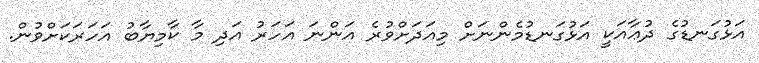
އަޅުގަނޑުގެ ދުޢާއަކީ އަޅުގަނޑުމެންނަށް މިއަދަށްވުރެ އަންނަ އަހަރު އަދި މާ ކާމިޔާބު އަހަރަކަށްވުން.